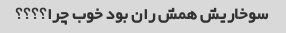
سوخاریش همش ران بود خوب چرا؟؟؟؟